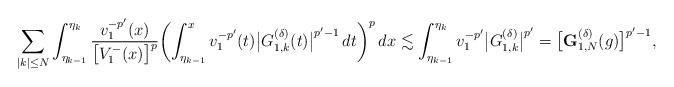
\begin{align*}\sum_{|k|\le N}\int_{\eta_{k-1}}^{\eta_k} \frac{v_1^{-p'}(x)}{\bigl[V_1^-(x)\bigr]^{p}} \biggl(\int_{\eta_{k-1}}^xv_1^{-p'}(t)\bigl|G^{(\delta)}_{1,k}(t)\bigr|^{p'-1}\,dt\biggr)^p\,dx\lesssim\int_{\eta_{k-1}}^{\eta_k}v_1^{-p'}\bigl|G_{1,k}^{(\delta)}\bigr|^{p'}=\bigl[\mathbf{G}^{(\delta)}_{1,N}(g)\bigr]^{p'-1},\end{align*}